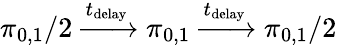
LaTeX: \pi_{0,1}/2\xrightarrow{t_{\textrm{delay}}}\pi_{0,1}\xrightarrow{t_{\textrm{delay}}}\pi_{0,1}/2